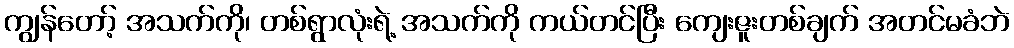
ကျွန်တော့် အသက်ကို၊ တစ်ရွာလုံးရဲ့ အသက်ကို ကယ်တင်ပြီး ကျေးဇူးတစ်ချက် အတင်မခံဘဲ